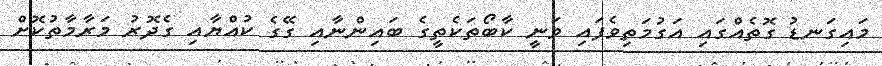
މައިގަނޑު ގޮތެއްގައި އަގުމަތިވެފައި ވަނީ ކާބޯތަކެތީގެ ބައިންނާއި ގޭގެ ކުއްޔާއި ގެދޮރު މަރާމާތުކޮށް